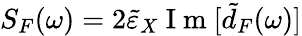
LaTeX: S_{F}(\omega)=2\tilde{\varepsilon}_{X}\mathrm{~I~m~}[\tilde{d}_{F}(\omega)]